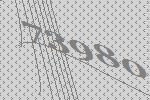
73980